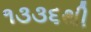
૧૩૩૬થી